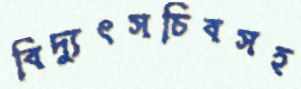
বিদ্যুৎসচিবসহ